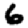
Digit: 6